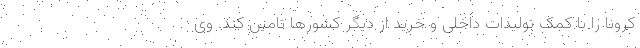
کرونا را با کمک تولیدات داخلی و خرید از دیگر کشورها تامین کند. وی